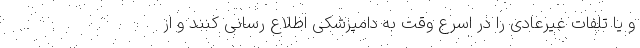
و یا تلفات غیرعادی را در اسرع وقت به دامپزشکی اطلاع رسانی کنند و از